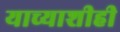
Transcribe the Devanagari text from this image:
याच्याशीही